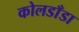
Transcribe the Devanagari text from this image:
कोलडाँडा